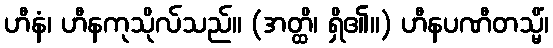
ဟီနံ၊ ဟီနကုသိုလ်သည်။ (အတ္ထိ၊ ရှိ၏။) ဟီနပဏီတသ္မိံ၊